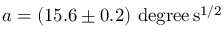
a = ( 1 5 . 6 \pm 0 . 2 ) \mathrm { \ d e g r e e \, s ^ { 1 / 2 } }